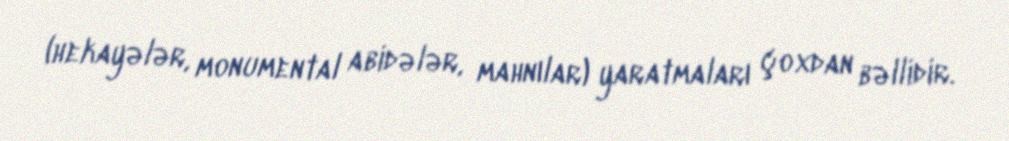
(hekayələr, monumental abidələr, mahnılar) yaratmaları çoxdan bəllidir.